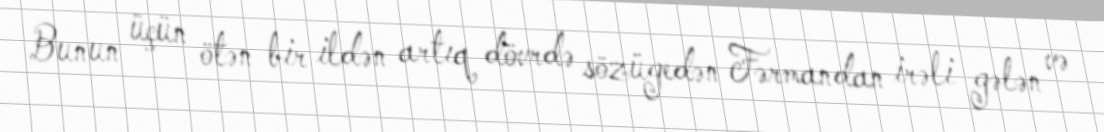
Bunun üçün ötən bir ildən artıq dövrdə sözügedən Fərmandan irəli gələn və